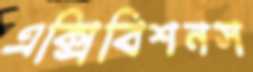
এক্সিবিশনস